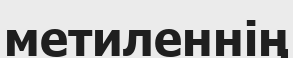
метиленнің